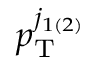
p _ { \mathrm { T } } ^ { j _ { 1 \left( 2 \right) } }